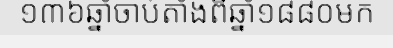
១៣៦ឆ្នាំចាប់តាំងពីឆ្នាំ១៨៨០មក